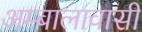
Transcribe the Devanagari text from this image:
अम्बालावासी